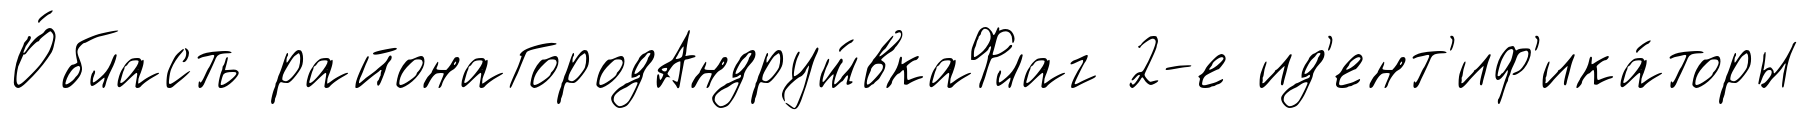
О́бласть районаГородАндруш́вкаФлаг 2-е ид'ент'иф'ика́торы